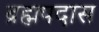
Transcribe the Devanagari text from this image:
ब्रह्मपदास